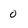
Character: o